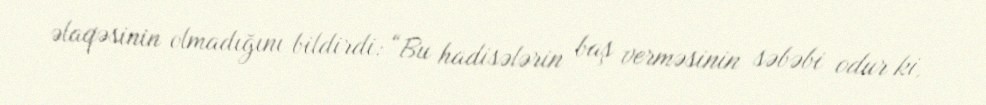
əlaqəsinin olmadığını bildirdi: “Bu hadisələrin baş verməsinin səbəbi odur ki,